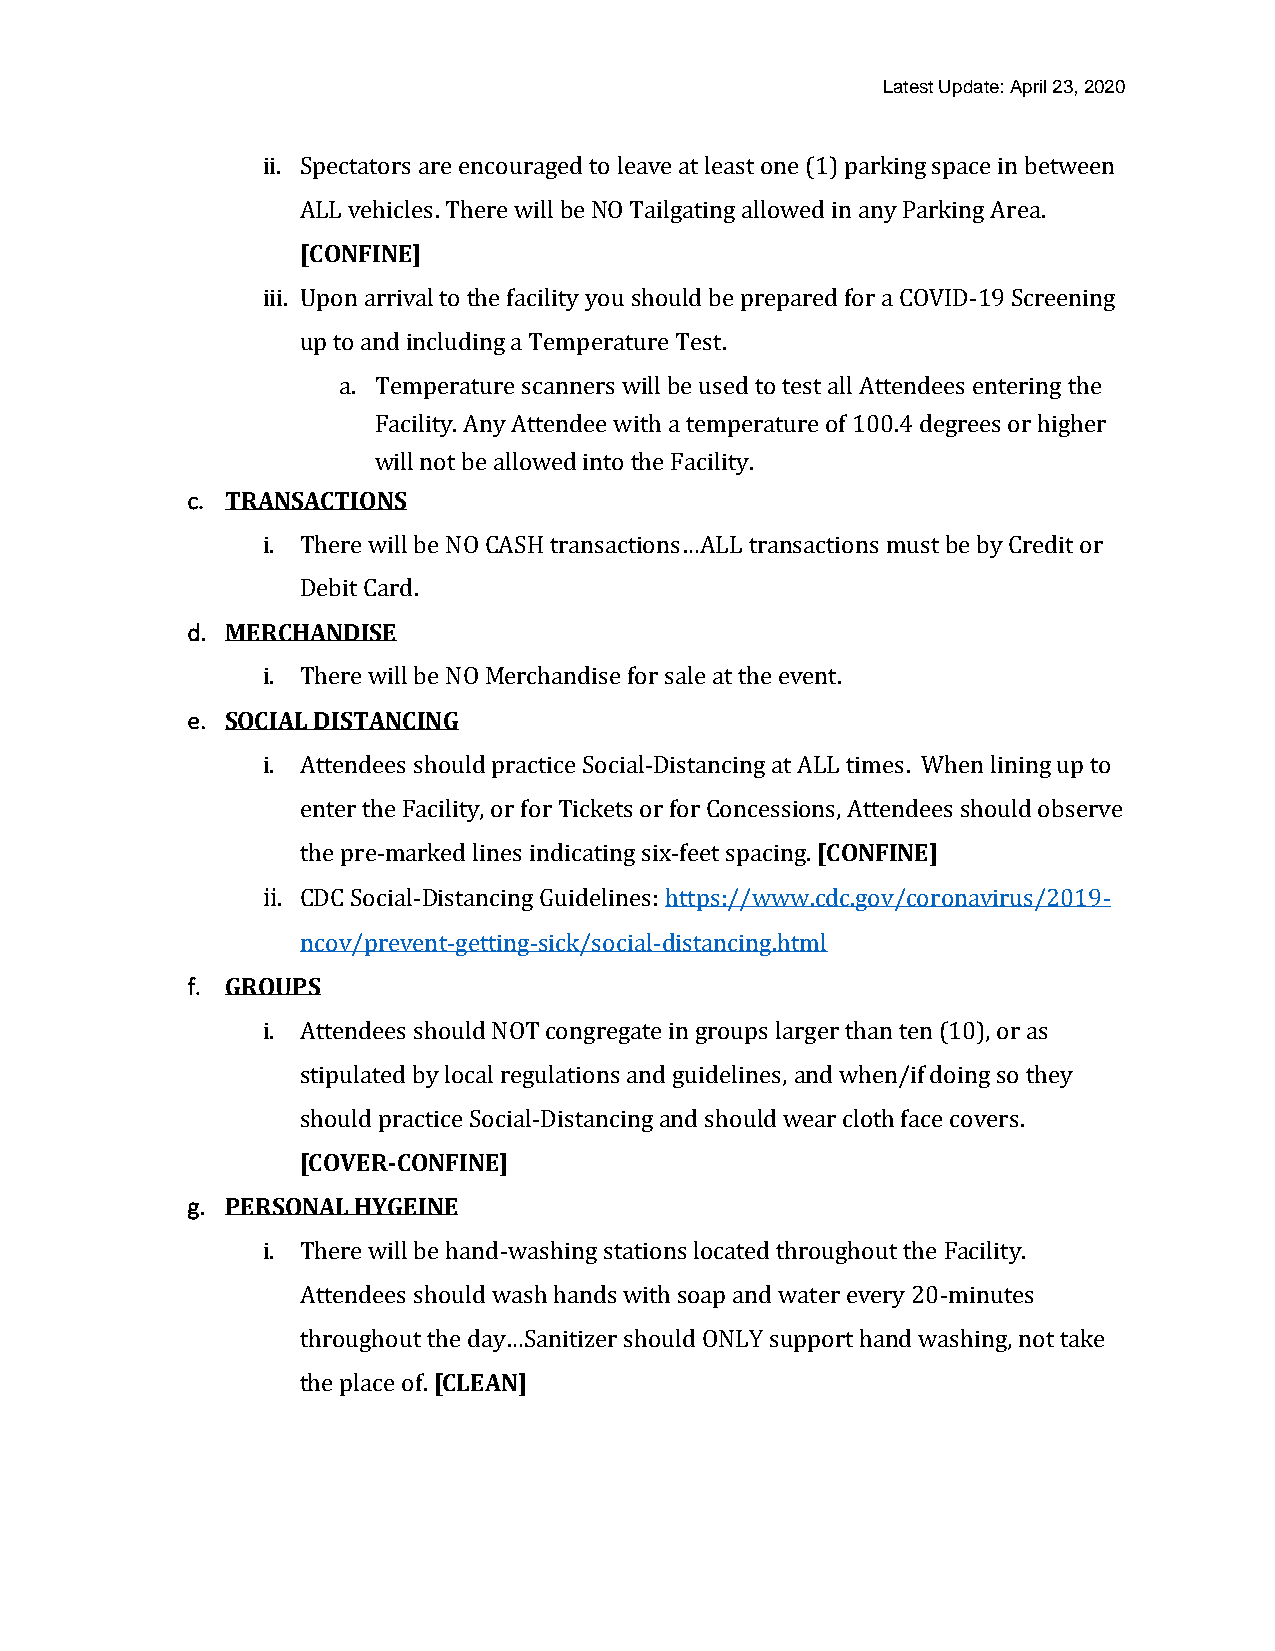
Latest Update: April 23, 2020
 ii. Spectators are encouraged to leave at least one (1) parking space in between
 ALL vehicles. There will be NO Tailgating allowed in any Parking Area.
 [CONFINE]
 iii. Upon arrival to the facility you should be prepared for a COVID-19 Screening
 up to and including a Temperature Test.
 a. Temperature scanners will be used to test all Attendees entering the
 Facility. Any Attendee with a temperature of 100.4 degrees or higher
 will not be allowed into the Facility.
 c. TRANSACTIONS
 i. There will be NO CASH transactions…ALL transactions must be by Credit or
 Debit Card.
 d. MERCHANDISE
 i. There will be NO Merchandise for sale at the event.
 e. SOCIAL DISTANCING
 i. Attendees should practice Social-Distancing at ALL times. When lining up to
 enter the Facility, or for Tickets or for Concessions, Attendees should observe
 the pre-marked lines indicating six-feet spacing. [CONFINE]
 ii. CDC Social-Distancing Guidelines: https://www.cdc.gov/coronavirus/2019-
 ncov/prevent-getting-sick/social-distancing.html
 f. GROUPS
 i. Attendees should NOT congregate in groups larger than ten (10), or as
 stipulated by local regulations and guidelines, and when/if doing so they
 should practice Social-Distancing and should wear cloth face covers.
 [COVER-CONFINE]
 g. PERSONAL HYGEINE
 i. There will be hand-washing stations located throughout the Facility.
 Attendees should wash hands with soap and water every 20-minutes
 throughout the day…Sanitizer should ONLY support hand washing, not take
 the place of. [CLEAN]